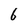
Character: 6